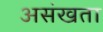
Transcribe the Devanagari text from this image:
असंखता